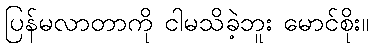
ပြန်မလာတာကို ငါမသိခဲ့ဘူး မောင်စိုး။